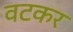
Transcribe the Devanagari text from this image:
वटकर